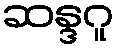
ဆန္ဒဂူ